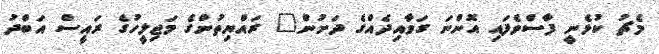
މެޗު ކުޅެނީ ފާސްވެފައި އޮންނަ ގަވާއިދެއްގެ ދަށުން" ރައްޔިތުންގެ މަޖިލީހުގެ ރައީސް އަބްދު